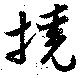
撓